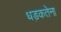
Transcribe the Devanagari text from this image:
धड़कतेना